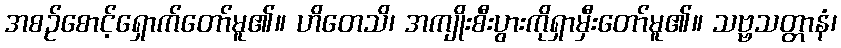
အစဉ်စောင့်ရှောက်တော်မူ၏။ ဟိတေသိ၊ အကျိုးစီးပွားကိုရှာမှီးတော်မူ၏။ သဗ္ဗသတ္တာနံ၊